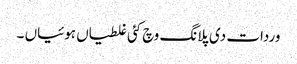
وردات دی پلانگ وچ کئی غلطیاں ہوئیاں ۔